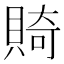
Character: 𬥛